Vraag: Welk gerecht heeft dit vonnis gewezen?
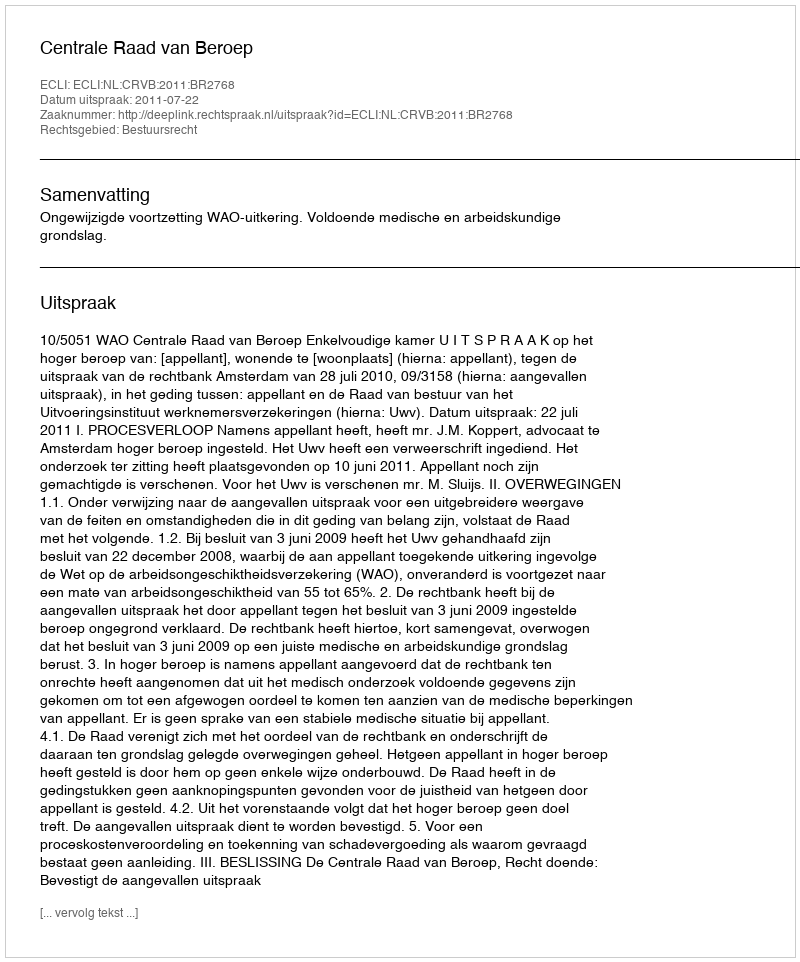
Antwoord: Centrale Raad van Beroep